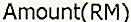
AMOUNT(RM)